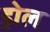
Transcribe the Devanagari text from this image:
ड्रोल